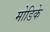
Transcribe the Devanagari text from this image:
मोडिके